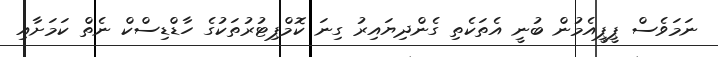
ނަމަވެސް ޕީޕީއެމުން ބުނީ އެތަކެތި ގެންދިޔައިރު ގިނަ ކޮމްޕިޓުރުތަކުގެ ހާޑްޑިސްކް ނެތް ކަމަށާއި